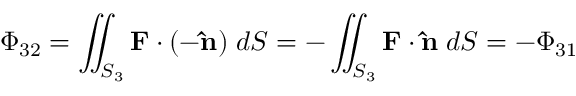
\Phi _ { \mathrm { 3 2 } } = \iint _ { S _ { 3 } } \mathbf { F } \cdot ( - \mathbf { \hat { n } } ) \; d S = - \iint _ { S _ { 3 } } \mathbf { F } \cdot \mathbf { \hat { n } } \; d S = - \Phi _ { \mathrm { 3 1 } }